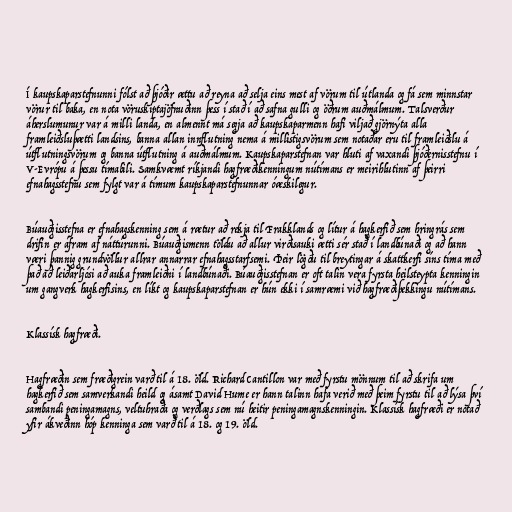
Í kaupskaparstefnunni fólst að þjóðir ættu að reyna að selja eins mest af vörum til útlanda og fá sem minnstar
vörur til baka, en nota vöruskiptajöfnuðinn þess í stað í að safna gulli og öðrum auðmálmum. Talsverður
áherslumunur var á milli landa, en almennt má segja að kaupskaparmenn hafi viljað gjörnýta alla
framleiðsluþætti landsins, banna allan innflutning nema á millistigsvörum sem notaðar eru til framleiðslu á
útflutningsvörum og banna útflutning á auðmálmum. Kaupskaparstefnan var hluti af vaxandi þjóðernisstefnu í
V-Evrópu á þessu tímabili. Samkvæmt ríkjandi hagfræðikenningum nútímans er meirihlutinn af þeirri
efnahagsstefnu sem fylgt var á tímum kaupskaparstefnunnar óæskilegur.

Búauðgisstefna er efnahagskenning sem á rætur að rekja til Frakklands og lítur á hagkerfið sem hringrás sem
drifin er áfram af náttúrunni. Búauðgismenn töldu að allur virðisauki ætti sér stað í landbúnaði og að hann
væri þannig grundvöllur allrar annarrar efnahagsstarfsemi. Þeir lögðu til breytingar á skattkerfi síns tíma með
það að leiðarljósi að auka framleiðni í landbúnaði. Búauðgisstefnan er oft talin vera fyrsta heilsteypta kenningin
um gangverk hagkerfisins, en líkt og kaupskaparstefnan er hún ekki í samræmi við hagfræðiþekkingu nútímans.

Klassísk hagfræði.

Hagfræðin sem fræðigrein varð til á 18. öld. Richard Cantillon var með fyrstu mönnum til að skrifa um
hagkerfið sem samverkandi heild og ásamt David Hume er hann talinn hafa verið með þeim fyrstu til að lýsa því
sambandi peningamagns, veltuhraða og verðlags sem nú heitir peningamagnskenningin. Klassísk hagfræði er notað
yfir ákveðinn hóp kenninga sem varð til á 18. og 19. öld.